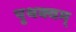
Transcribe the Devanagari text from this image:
पृथक्वम्